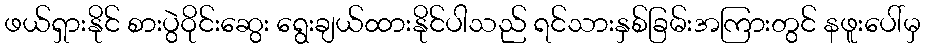
ဖယ်ရှားနိုင် စားပွဲဝိုင်းဆွေး ရွေးချယ်ထားနိုင်ပါသည် ရင်သားနှစ်ခြမ်းအကြားတွင် နဖူးပေါ်မှ